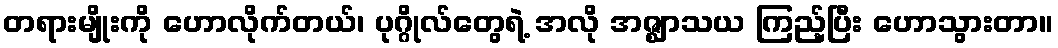
တရားမျိုးကို ဟောလိုက်တယ်၊ ပုဂ္ဂိုလ်တွေရဲ့ အလို အဇ္ဈာသယ ကြည့်ပြီး ဟောသွားတာ။